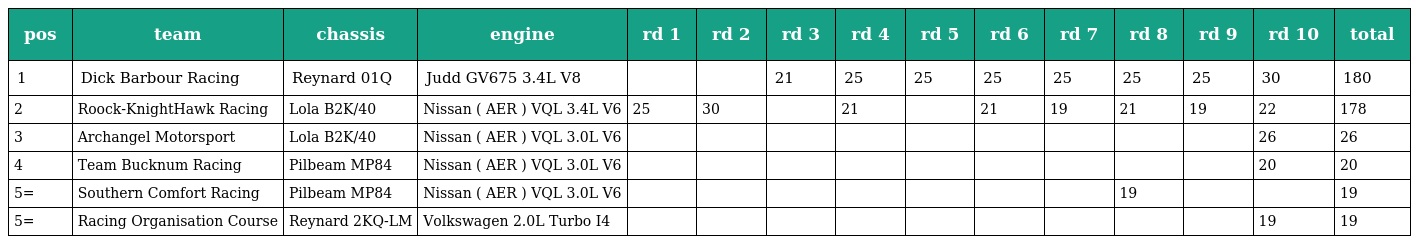
| pos | team | chassis | engine | rd 1 | rd 2 | rd 3 | rd 4 | rd 5 | rd 6 | rd 7 | rd 8 | rd 9 | rd 10 | total |
 | --- | --- | --- | --- | --- | --- | --- | --- | --- | --- | --- | --- | --- | --- | --- |
 | 1 | Dick Barbour Racing | Reynard 01Q | Judd GV675 3.4L V8 |  |  | 21 | 25 | 25 | 25 | 25 | 25 | 25 | 30 | 180 |
 | 2 | Roock-KnightHawk Racing | Lola B2K/40 | Nissan ( AER ) VQL 3.4L V6 | 25 | 30 |  | 21 |  | 21 | 19 | 21 | 19 | 22 | 178 |
 | 3 | Archangel Motorsport | Lola B2K/40 | Nissan ( AER ) VQL 3.0L V6 |  |  |  |  |  |  |  |  |  | 26 | 26 |
 | 4 | Team Bucknum Racing | Pilbeam MP84 | Nissan ( AER ) VQL 3.0L V6 |  |  |  |  |  |  |  |  |  | 20 | 20 |
 | 5= | Southern Comfort Racing | Pilbeam MP84 | Nissan ( AER ) VQL 3.0L V6 |  |  |  |  |  |  |  | 19 |  |  | 19 |
 | 5= | Racing Organisation Course | Reynard 2KQ-LM | Volkswagen 2.0L Turbo I4 |  |  |  |  |  |  |  |  |  | 19 | 19 |